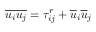
{ \overline { { u _ { i } u _ { j } } } } = \tau _ { i j } ^ { r } + { \overline { { u } } } _ { i } { \overline { { u } } } _ { j }